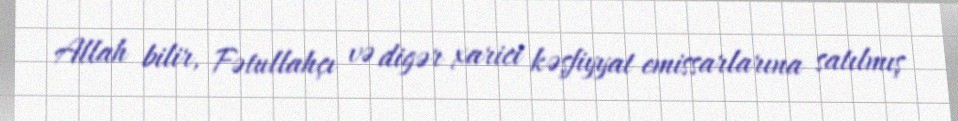
Allah bilir, Fətullahçı və digər xarici kəşfiyyat emissarlarına satılmış